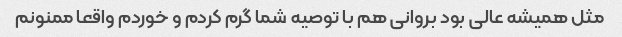
مثل همیشه عالی بود بروانی هم با توصیه شما گرم کردم و خوردم واقعا ممنونم